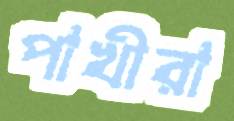
পাখীরা